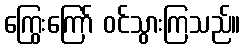
ကြွေးကြော် ဝင်သွားကြသည်။